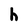
Character: h